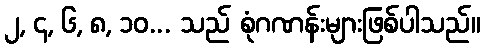
၂, ၄, ၆, ၈, ၁၀... သည် စုံဂဏန်းများဖြစ်ပါသည်။